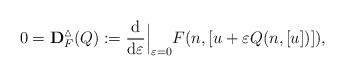
LaTeX: \begin{align*}0=\bold{D}_F^{\vartriangle}(Q):=\frac{\operatorname{d}}{\operatorname{d}\!\varepsilon}\Big|_{\varepsilon=0}F(n,[u+\varepsilon Q(n,[u])]),\end{align*}